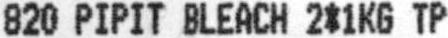
820 PIPIT BLEACH 2*1KG TP